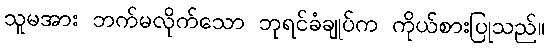
သူမအား ဘက်မလိုက်သော ဘုရင်ခံချုပ်က ကိုယ်စားပြုသည်။